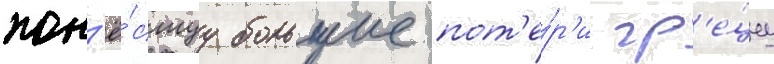
пон'ё́сшуу большие пот'е́р'и гр'е́циу